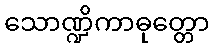
သောဏ္ဍိကာဓုတ္တော